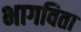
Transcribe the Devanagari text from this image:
भागविता